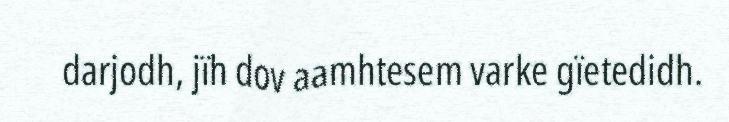
darjodh, jïh dov aamhtesem varke gïetedidh.